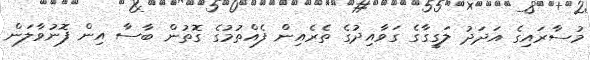
މުސާރައިގެ އަދަދު ލަގީގާގެ ގަވާއިދުގެ ތެރެއިން ފެއްތުމުގެ ގޮތުން ބާސާ އިން ފޮނުވާލަން